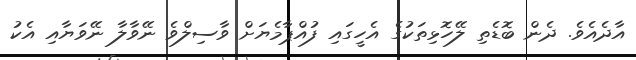
އާދެއެވެ. ދެން ބޮޑެތި ލޭހޮޅިތަކުގެ އެހީގަައި ފުއްޕާމެޔަށް ވާސިލްވެ ނޭވާލާ ނޭވަޔާއި އެކު